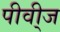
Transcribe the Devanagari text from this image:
पीवी्ज